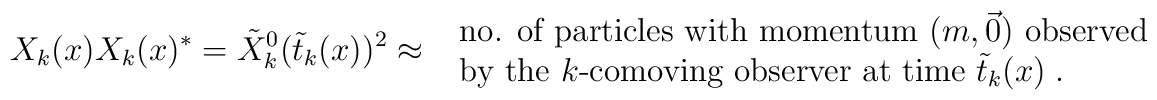
X_k(x) X_k(x)^\ast = \tilde{X}^0 _k(\tilde{t}_k(x))^2\approx \mbox{ \begin{tabular}{l}       no. of particles with momentum $(m,\vec{0})$  observed \\       by the $k$-comoving observer at time $\tilde{t}_k(x)\;.$\end{tabular} }